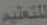
للتعليم